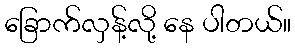
ခြောက်လှန့်လို့ နေ ပါတယ်။